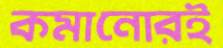
কমানোরই